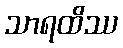
သာရထိဿ